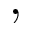
,